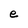
Character: e